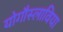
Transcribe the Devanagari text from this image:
योगौस्लाविया